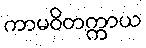
ကာမဝိတက္ကာယ